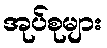
အုပ်စုများ